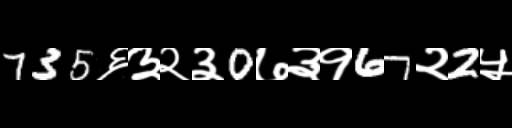
Text: 735६३२३0७३१67२2५